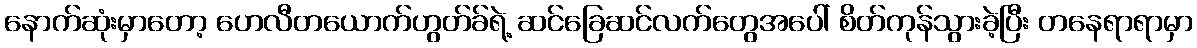
နောက်ဆုံးမှာတော့ ဟေလီတယောက်ဟွတ်ခ်ရဲ့ ဆင်ခြေဆင်လက်တွေအပေါ် စိတ်ကုန်သွားခဲ့ပြီး တနေရာရာမှာ